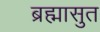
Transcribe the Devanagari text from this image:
ब्रह्मासुत